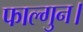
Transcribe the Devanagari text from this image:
फाल्गुन।